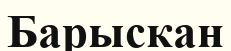
Барыскан